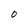
Character: O